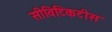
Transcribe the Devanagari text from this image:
सीविटिकटीस